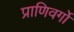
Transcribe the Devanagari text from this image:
प्राणिवर्गों